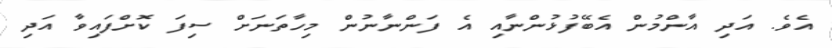
އެވެ. އަދި އާންމުން އެބޭފުޅުންނާއި އެ ފަންނާނުން މިހާތަނަށް ސިފަ ކޮށްފައިވާ އަދި